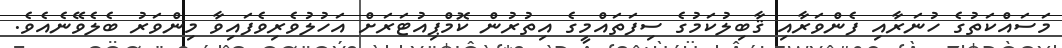
މަސައްކަތުގެ ހުނަރާއި ފެންވަރާއި ޤާބިލުކަމުގެ ސިފަތައްމީގެ އިތުރުން ކޮމްޕިއުޓަރަށް އަހުލުވެރިވެފައިވާ މިންވަރު ބެލެވޭނެއެވެ.